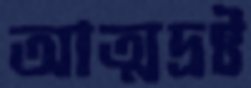
আত্মদ্রষ্ট